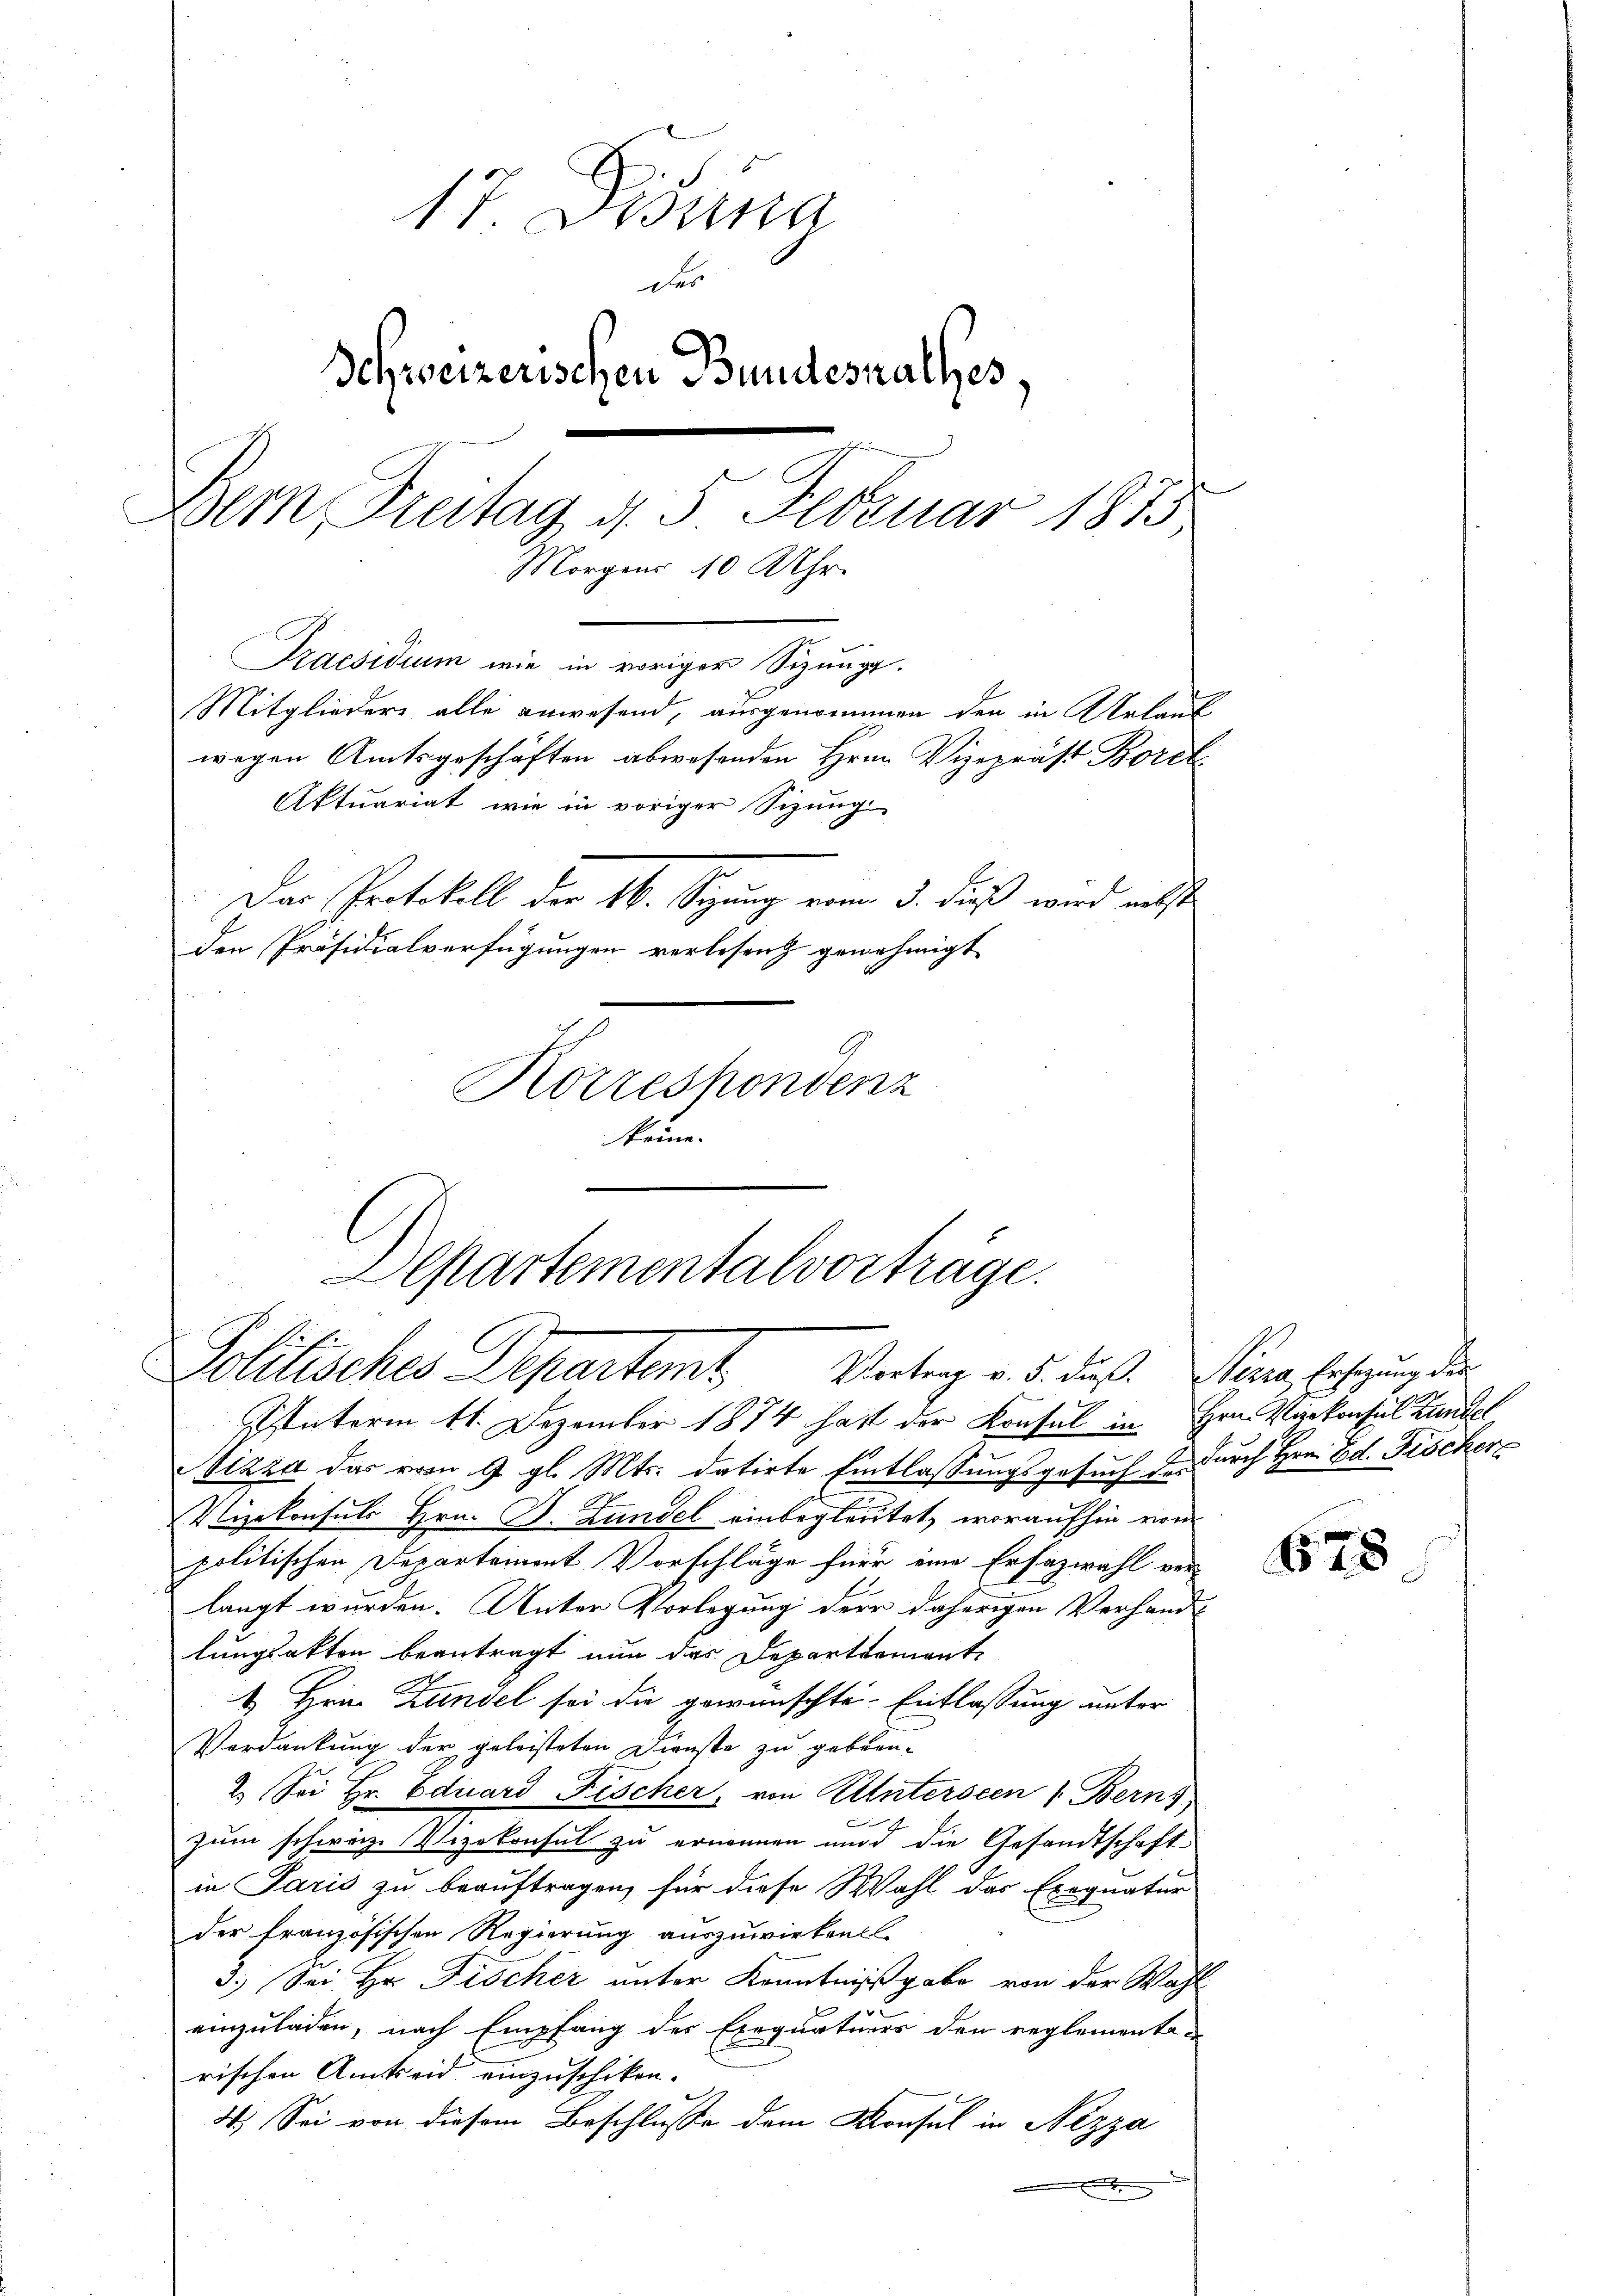
17. Desung
e
r
Schweizerischen Bundesrathes,
Bern, Treitag d. 5 Februar 1873,
Morgens 10 Uhr.
Praesidium wie in voriger Sizung.
Mitgliedere alle anwesend, ausgenommen den in Urlaub
wegen Amtsgeschäften abwesenden Hrn. Vizepräst Borel
Aktuariat wie in voriger Sitzung
Das Protokoll der 16. Sitzung von 5. Fuß wird nebst
den Präsidialverfügungen verlesend genehmigt
Korrespondenz

Departementalvorträge.
Politisches Departemt, Vertrag v. 5. daß Sarg, Erlegung der

keine

Unterm 11. Dezember 1874 hatt der Konsul in Hrn. Vierkonsul Bundel
Nizza das vom 9. gl. Mts. datirte Entlassungsgesuch der durch Hrn. Ed. Fischer
Vizekonsuls Hrn. B. Landel einbegleutet woraufhin vom
politischen Departement Vorschläge für eine Erfazwahl ver-
langt wurden. Unter Vorlegung der daherigen Verhand-
lungsakten beantragt nun das Departemente
1. Hrnn Zündel sei die gewünschte Entlassung unter
Verdankung der geleisteten Dienste zu gebren-
2. Sei Hr. Eduard Fischer, von Unterseen 1. Berns
zum schweiz. Vizekonsul zu ernennen und die Gesandtschaft
in Paris zu beauftragen, für diese Wahl das Exequatur
der französischen Regierung auszuwirken
3.) Sei Hr. Fischer unter Kenntnißgabe von der Wahl-
einzuladen, nach Empfang des Exequatuors den reglementrischen Amtseid einzuschikon.
4. Sei von diesem Beschlusse dem Konsul in Nizza
x

678